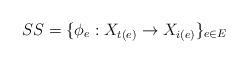
LaTeX: \begin{align*}\SS = \{\phi_e:X_{t(e)}\to X_{i(e)}\}_{e\in E}\end{align*}